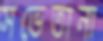
সভেতানা